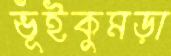
ভূঁইকুমড়া